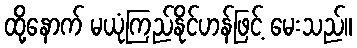
ထို့နောက် မယုံကြည်နိုင်ဟန်ဖြင့် မေးသည်။